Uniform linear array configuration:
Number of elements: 4
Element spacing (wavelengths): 0.5
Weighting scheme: hamming
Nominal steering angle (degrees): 0
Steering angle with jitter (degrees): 1.319
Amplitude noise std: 0.05
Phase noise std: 0.05

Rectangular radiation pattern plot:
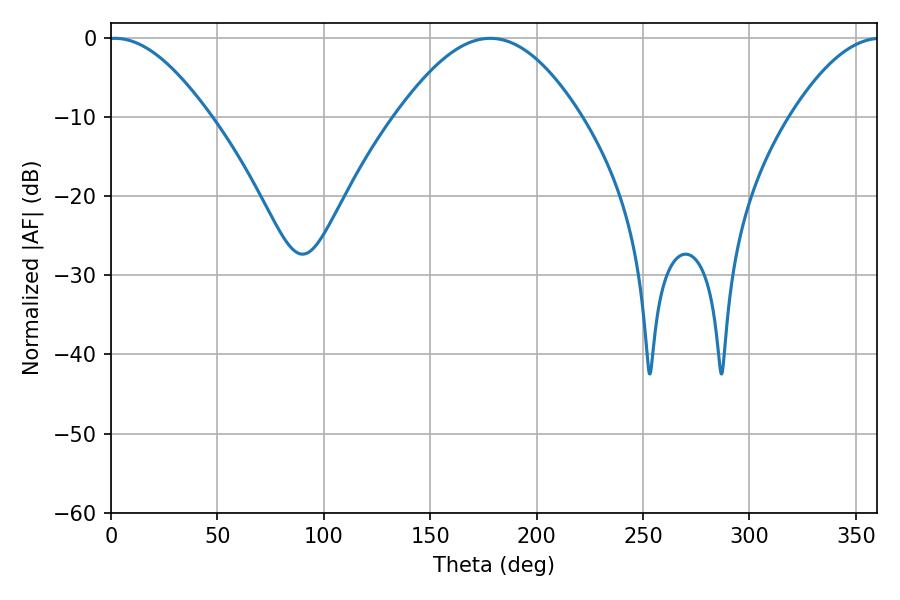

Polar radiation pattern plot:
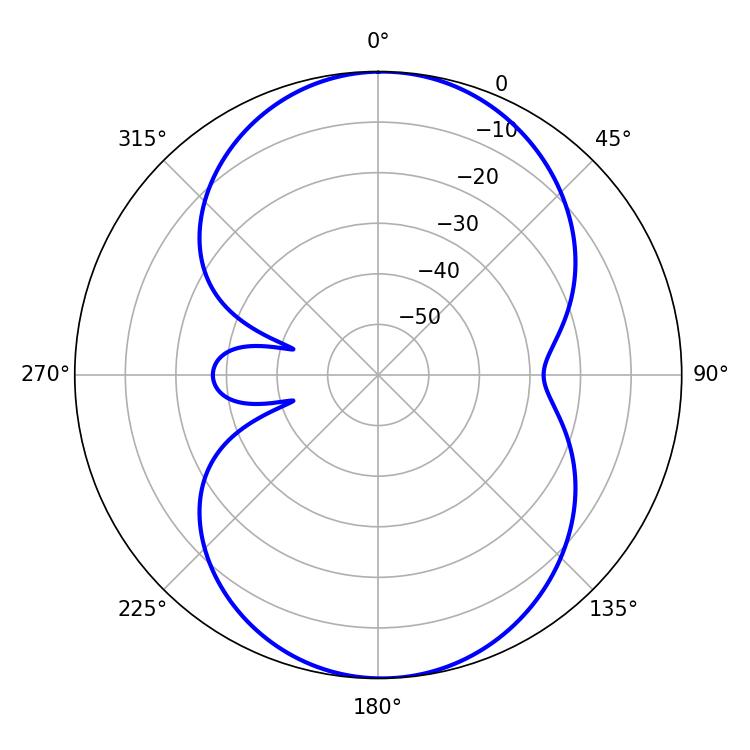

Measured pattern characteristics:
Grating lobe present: FALSE
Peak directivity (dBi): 14.215
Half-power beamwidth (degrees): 25.38
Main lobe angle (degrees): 1.8